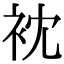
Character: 衴